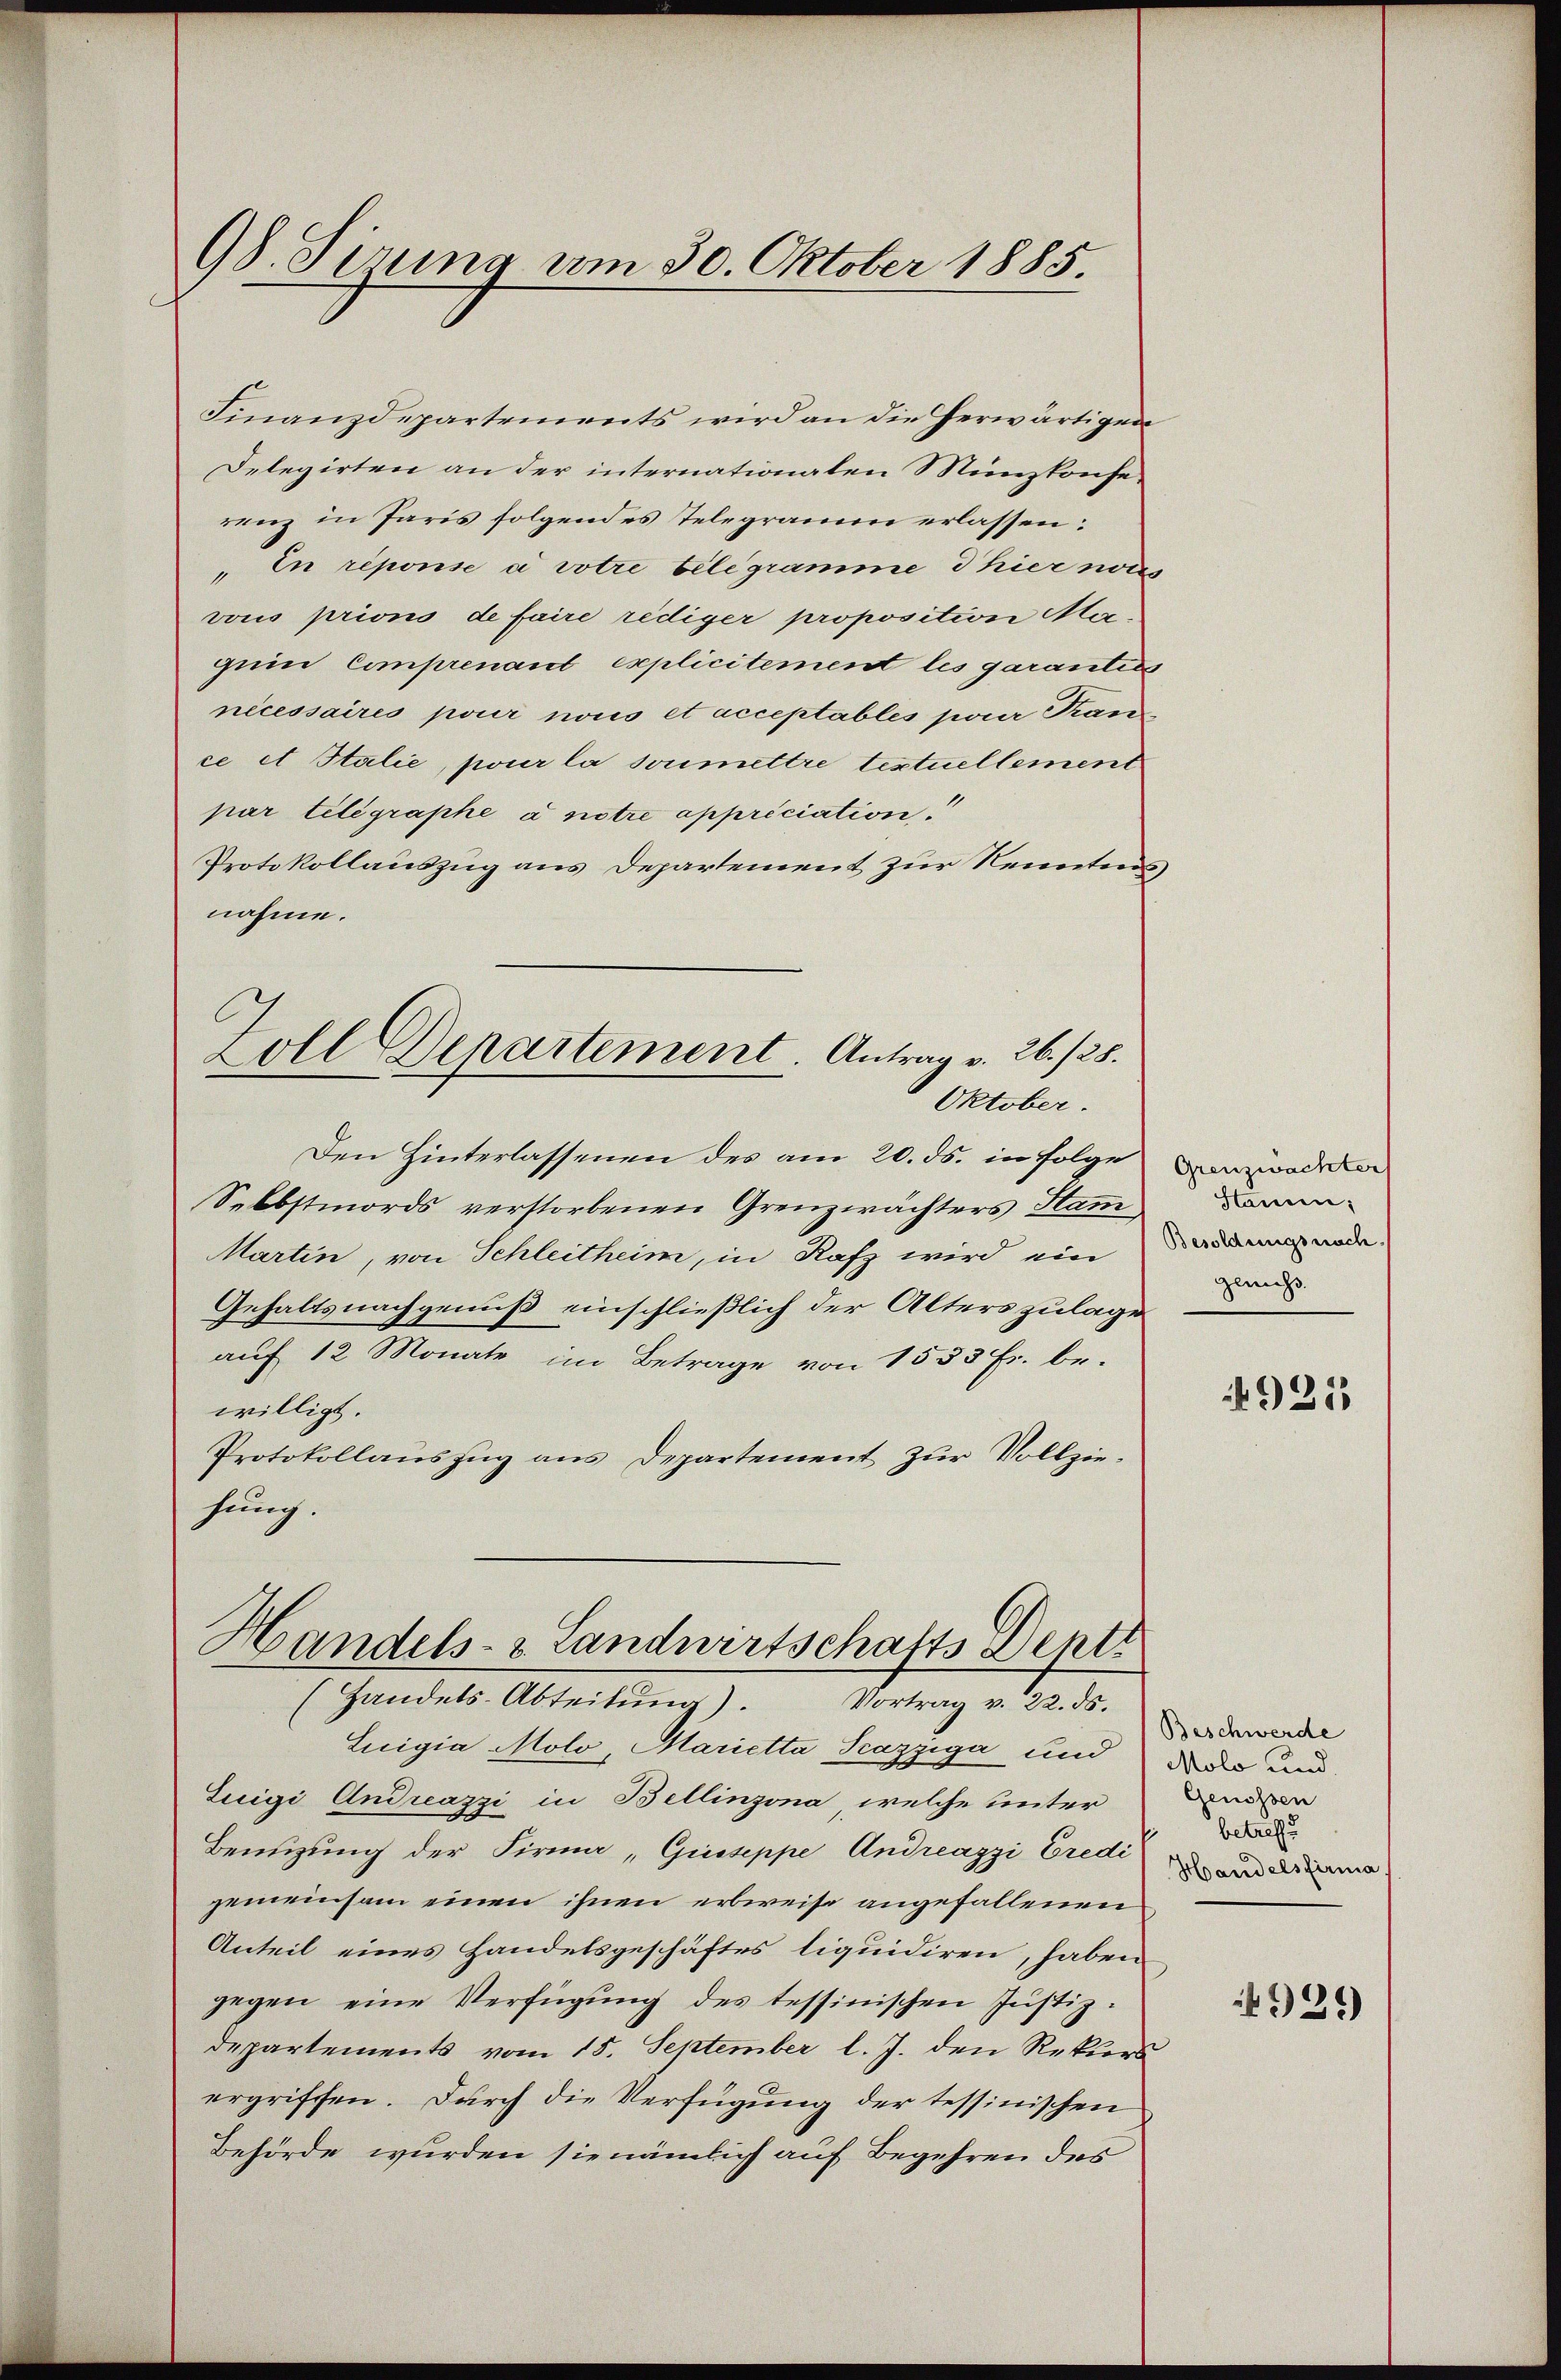
98. Sirna am 30. Oktober 1885.

Finanzdepartements wird an die herwärtigen
Delegirten an der internationalen Münzkonferenz in Paris folgendes Telegramm erlassen:
" In réponse a votre belegramme d hier noces
vous priono de faire rediger proposition Ma-
quin Comprenant explicitement les garanties
nécessaires pour nous et acceptables parer Franz
ce et Stalie, pour la soumettre textuellement
par telegraphe à notre appriciation
Protokollauszug aus Departement zur Renntni
nahme.
Zoll Departement. Antrag v. 26./25.
Oktober.
Den Hinterlassenen des am 20. ds. in Folge
Selbstmords verstorbenen Grenzwächters Hamm
Martin, von Schleitheim, in Rafz wird ein
Gehaltsnachgenuß einschließlich der Alters zulage
auf 12 Monate im Betrage von 1535 Fr. be-
willigt.
Protokollauszug aus Departement zur Vollziesung.

Handels- & Landwirtschafts Depti
Handels-Abteilŭng). Vortrag v. 22. ds.

Lieigia Molo, Marietta Scazziga und da der und
Zuigi Andreazzi in Bellinzona, welche unter
Benüzung der Firma „Giuseppe Andreazzi Credi
gemeinsam einen ihnen erbreise angefallenen
Anteil eines Handelsgeschäftes liquidiren, haben
gegen eine Verfügŭng des tessinischen Justiz-
departements vom 15. September l. J. den Rekurs
ergriffen. Durch die Verfügung der tessinischen
Behörde wurden sie nämlich auf Begehren des

Grenzwachter
Stammen;
Besoldungsnach
genicht.

9213

Beschwerde
Genossen
betreffe
Handelsfirma

4929